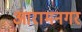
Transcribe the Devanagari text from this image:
आरामनगर